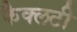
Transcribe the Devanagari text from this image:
फैक्‍लटी